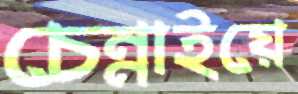
চেন্নাইয়ে